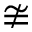
\ncong